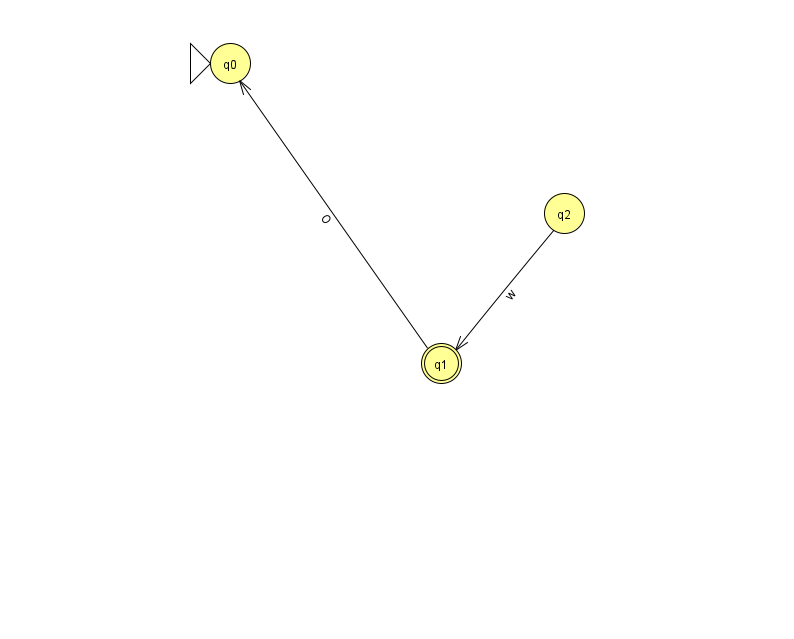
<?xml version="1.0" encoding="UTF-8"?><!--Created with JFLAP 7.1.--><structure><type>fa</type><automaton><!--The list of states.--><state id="0" name="q0"><x>230.0</x><y>50.0</y><initial/></state><state id="1" name="q1"><x>441.0</x><y>350.0</y><final/></state><state id="2" name="q2"><x>564.0</x><y>200.0</y></state><!--The list of transitions.--><transition><from>2</from><to>1</to><read>w</read></transition><transition><from>1</from><to>0</to><read>O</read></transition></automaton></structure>